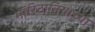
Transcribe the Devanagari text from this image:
मॉरिटानियाच्या